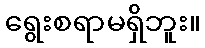
ရွေးစရာမရှိဘူး။